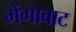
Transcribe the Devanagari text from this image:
मेंगावाट